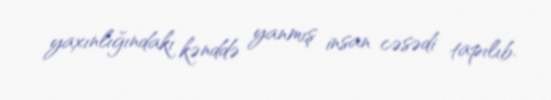
yaxınlığındakı kənddə yanmış insan cəsədi tapılıb.